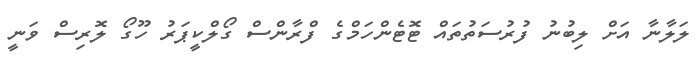
ލަލާނާ އަށް ލިބުނު ފުރުސަތުތައް ޓޮޓެންހަމްގެ ފްރާންސް ގޯލްކީޕަރު ހޫގޯ ލޮރިސް ވަނީ